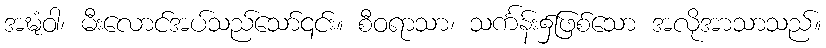
အဍ္ဎံဝါ၊ မီးလောင်အပ်သည်သော်၎င်း။ စီဝရာသာ၊ သင်္ကန်း၌ဖြစ်သော အလိုအာသာသည်။